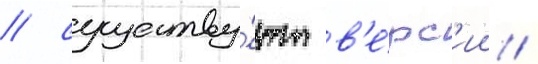
/ существу́ют в'е́рс'ии /